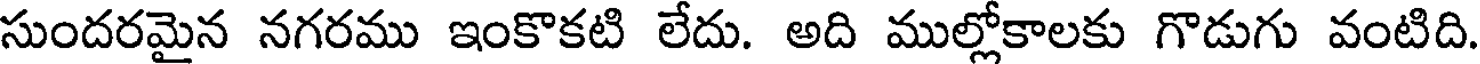
సుందరమైన నగరము ఇంకొకటి లేదు. అది ముల్లోకాలకు గొడుగు వంటిది